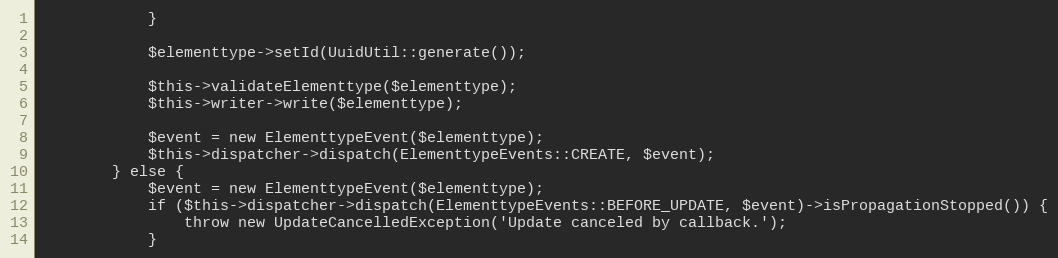
Language: PHP
            }

            $elementtype->setId(UuidUtil::generate());

            $this->validateElementtype($elementtype);
            $this->writer->write($elementtype);

            $event = new ElementtypeEvent($elementtype);
            $this->dispatcher->dispatch(ElementtypeEvents::CREATE, $event);
        } else {
            $event = new ElementtypeEvent($elementtype);
            if ($this->dispatcher->dispatch(ElementtypeEvents::BEFORE_UPDATE, $event)->isPropagationStopped()) {
                throw new UpdateCancelledException('Update canceled by callback.');
            }